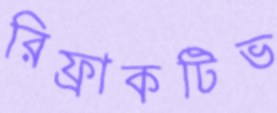
রিফ্রাকটিভ